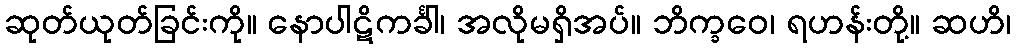
ဆုတ်ယုတ်ခြင်းကို။ နောပါဋိကင်္ခါ၊ အလိုမရှိအပ်။ ဘိက္ခဝေ၊ ရဟန်းတို့။ ဆဟိ၊